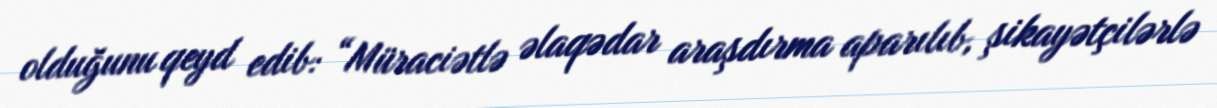
olduğunu qeyd edib: “Müraciətlə əlaqədar araşdırma aparılıb, şikayətçilərlə